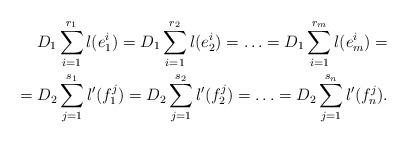
LaTeX: \begin{align*}D_1 \sum_{i=1}^{r_1}l(e_1^i) = D_1 \sum_{i=1}^{r_2}l(e_2^i) = \ldots = D_1 \sum_{i=1}^{r_m}l(e_m^i) = \\= D_2 \sum_{j=1}^{s_1}l'(f_1^j) = D_2 \sum_{j=1}^{s_2}l'(f_2^j) = \ldots = D_2 \sum_{j=1}^{s_n}l'(f_n^j). \end{align*}